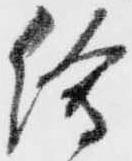
絵